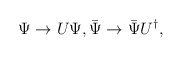
\begin{align*}\Psi \rightarrow U\Psi, \bar{\Psi} \rightarrow \bar{\Psi} U^{\dagger},\end{align*}